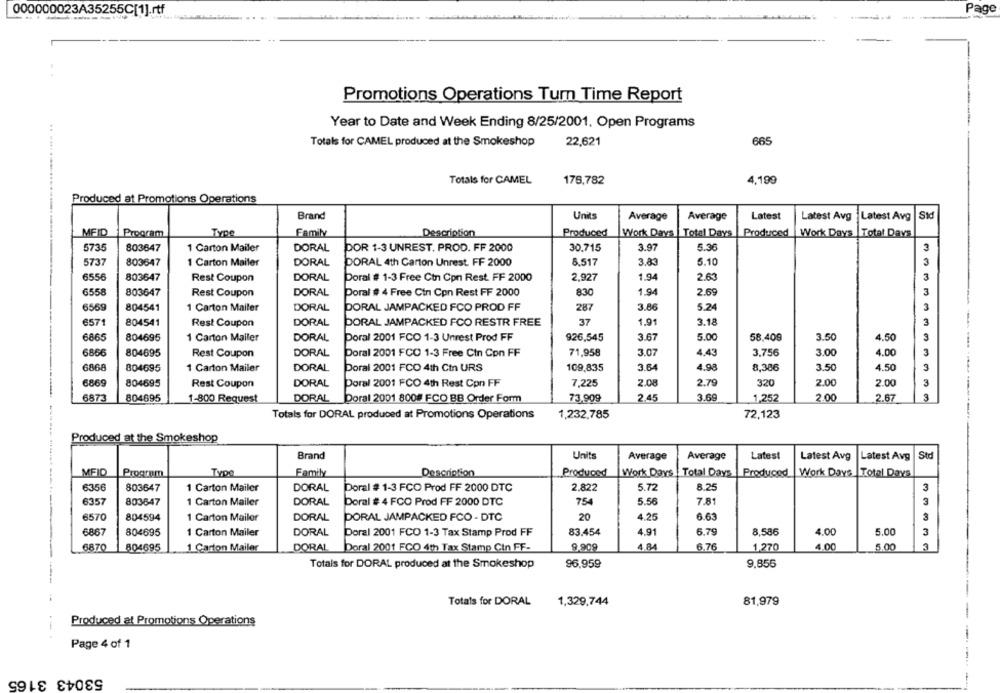
000000023A35255C[1].rtf
Page
Promotions Operations Turn Time Report
Year to Date and Week Ending 8/25/2001. Open Programs
Totals for CAMEL produced at the Smokeshop
22,621
665
Totals for CAMEL
4,199
176,782
Produced at Promotions Operations
Units
Std
Brand
Average
Average
Latest
Latest Avg
Latest Avg
MEID
Program
Type
Family
Description
Produced
Work Days
Total Days | Produced
Work Days |Total Days
5735
803647
1 Carton Mailer
DORAL
POR 1-3 UNREST. PROD. FF 2000
30.715
3.97
5.36
5737
803647
1 Carton Mailer
DORAL
DORAL 4th Carton Unrest. FF 2000
8.517
3.83
5.10
6556
803647
DORAL
2,927
1.94
2.63
Rest Coupon
Doral # 1-3 Free Ctn Cpn Rest. FF 2000
6558
DORAL
1.94
2.69
803647
Rest Coupon
Doral ## 4 Free Cin Con Rest FF 2000
830
6569
804541
1 Carton Mailer
DORAL
PORAL JAMPACKED FCO PROD FF
287
3.86
5.24
6571
804541
Rest Coupon
DORAL
PORAL JAMPACKED FCO RESTR FREE
37
1.91
3.18
3
6865
804695
1 Carton Mailer
DORAL
Poral 2001 FCO 1-3 Unrest Prod FF
926,545
3.67
5.00
58,409
3.50
4.50
3
3333333
6866
804695
Rest Coupon
DORAL
Poral 2001 FCO 1-3 Free Cin Con FF
71,958
3.07
4,43
3.756
3.00
4.00
3
6868
DORAL
3.64
4.98
8,386
3.50
4.50
3
804695
1 Carton Mailer
Doral 2001 FCO 4th Cin URS
109,835
3
6869
804695
Rest Coupon
DORAL
Poral 2001 FCO 4th Rest Con FF
7,225
2.08
2.79
320
2.00
2.00
6873
804695
1-800 Request
DORAL Doral 2001 800# FCO BB Order Form
73.909
2.45
3.69
1,252
2.00
2.67
3
-----
Totals for DORAL produced at Promotions Operations
1,232,785
72,123
Produced at the Smokeshop
Brand
Units
Average
Average
Latest
Latest Avg
Latest Avg Std
Family
Work Days : Total Days
MEID
Program
Type
Description
Produced
Produced
Work Days |Total Days
6356
803647
1 Carton Mailer
DORAL
Poral # 1-3 FCO Prod FF 2000 DTC
2.822
5.72
8.25
3
6357
803647
1 Carton Mailer
DORAL
Doral # 4 FCO Prod FF 2000 DTC
754
5.56
7.81
3
6570
804594
1 Carton Mailer
DORAL
PORAL JAMPACKED FCO - DTC
20
4.25
6.63
3
00'S
6867
804695
1 Carton Mailer
DORAL
Poral 2001 FCO 1-3 Tax Stamp Prod FF
83.454
4.91
6.79
8,586
4.00
3
68.70
804695
1 Carton Mailer
DORAL
Doral 2001 FCO 4th Tax Stamp Cin FF-
9.90º
4.84
6.76
1.270
4.00
5.00
3
Totals for DORAL produced at the Smokeshop
96,959
9.855
Totals for DORAL
1,329,744
81,979
Produced at Promotions Operations
Page 4 of 1
53043 3165